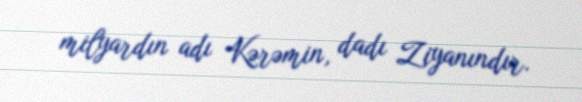
milyardın adı Kərəmin, dadı Ziyanındır.